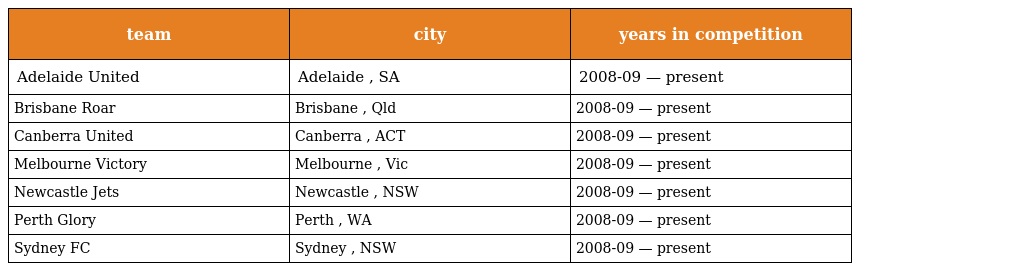
| team | city | years in competition |
 | --- | --- | --- |
 | Adelaide United | Adelaide , SA | 2008-09 — present |
 | Brisbane Roar | Brisbane , Qld | 2008-09 — present |
 | Canberra United | Canberra , ACT | 2008-09 — present |
 | Melbourne Victory | Melbourne , Vic | 2008-09 — present |
 | Newcastle Jets | Newcastle , NSW | 2008-09 — present |
 | Perth Glory | Perth , WA | 2008-09 — present |
 | Sydney FC | Sydney , NSW | 2008-09 — present |